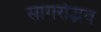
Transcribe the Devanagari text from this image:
सागरोद्भव